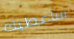
ساعطيك